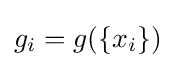
g_{i}=g(\left\lbrace x_{i}\right\rbrace )